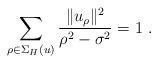
LaTeX: \begin{align*}\sum_{\rho \in \Sigma _H(u)}\frac{\|u_\rho \|^2}{\rho ^2-\sigma^2}=1\ .\end{align*}